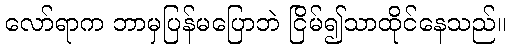
လော်ရာက ဘာမှပြန်မပြောဘဲ ငြိမ်၍သာထိုင်နေသည်။